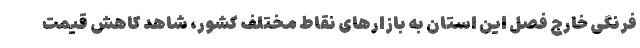
فرنگی خارج فصل این استان به بازارهای نقاط مختلف کشور، شاهد کاهش قیمت